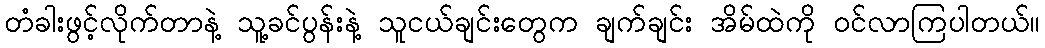
တံခါးဖွင့်လိုက်တာနဲ့ သူ့ခင်ပွန်းနဲ့ သူငယ်ချင်းတွေက ချက်ချင်း အိမ်ထဲကို ဝင်လာကြပါတယ်။